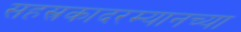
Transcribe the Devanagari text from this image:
सहस्रकादरम्यानच्या